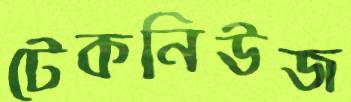
টেকনিউজ